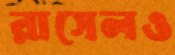
রাসেলও